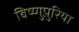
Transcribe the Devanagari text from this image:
बिष्णुपुरिया